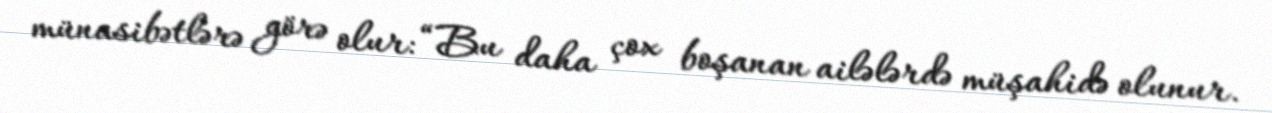
münasibətlərə görə olur: “Bu daha çox boşanan ailələrdə müşahidə olunur.